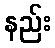
နည်း